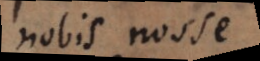
nobis nosse